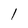
Character: l